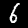
Digit: 6